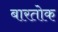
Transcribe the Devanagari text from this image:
बारतोक